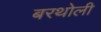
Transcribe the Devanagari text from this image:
बरथोली